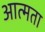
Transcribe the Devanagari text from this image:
आत्मता